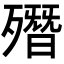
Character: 𣩳